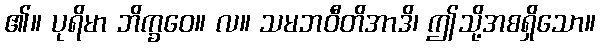
၏။ ပုရိမာ ဘိက္ခဝေ။ လ။ သမဘဝီတိအာဒိ၊ ဤသို့အစရှိသော။